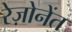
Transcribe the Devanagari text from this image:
रेज़ोनेंत